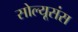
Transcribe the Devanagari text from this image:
सोल्यूसंस